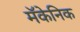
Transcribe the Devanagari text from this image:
मॅकेनिक